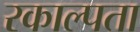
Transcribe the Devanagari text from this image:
रकाल्पता